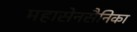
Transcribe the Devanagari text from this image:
महासेनसैनिका